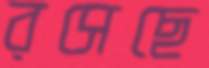
রসেছে